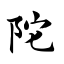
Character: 陀